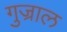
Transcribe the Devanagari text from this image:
गुज्राल